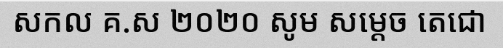
សកល គ.ស ២០២០ សូម សម្តេច តេជោ